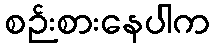
စဉ်းစားနေပါက